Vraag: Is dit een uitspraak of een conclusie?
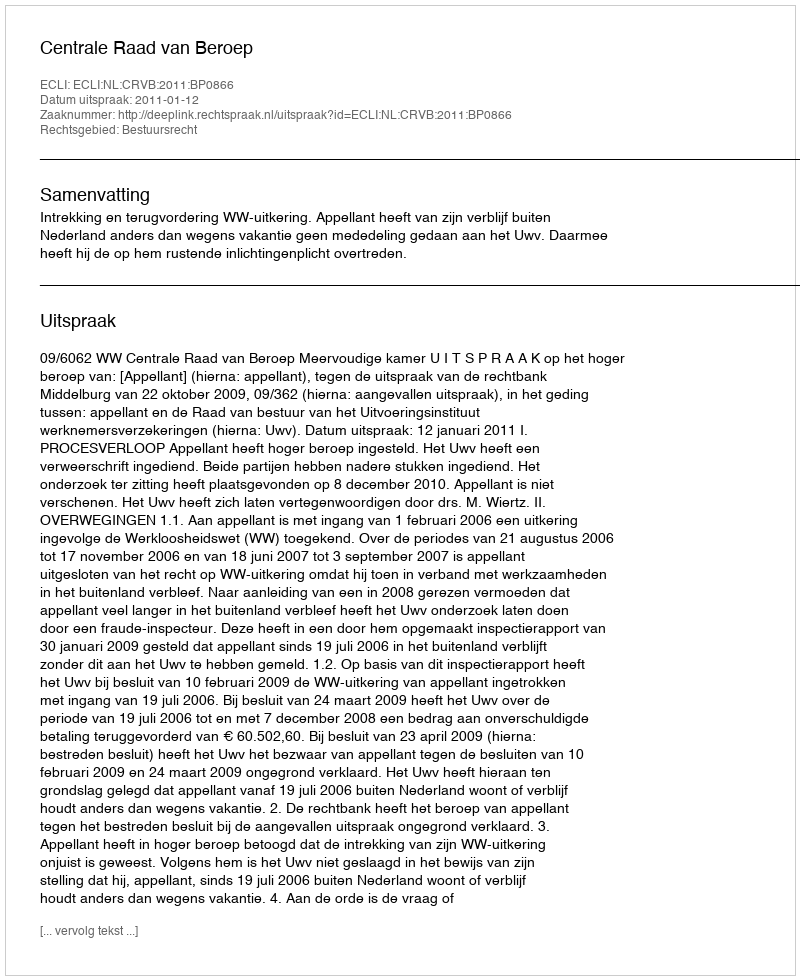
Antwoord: Uitspraak